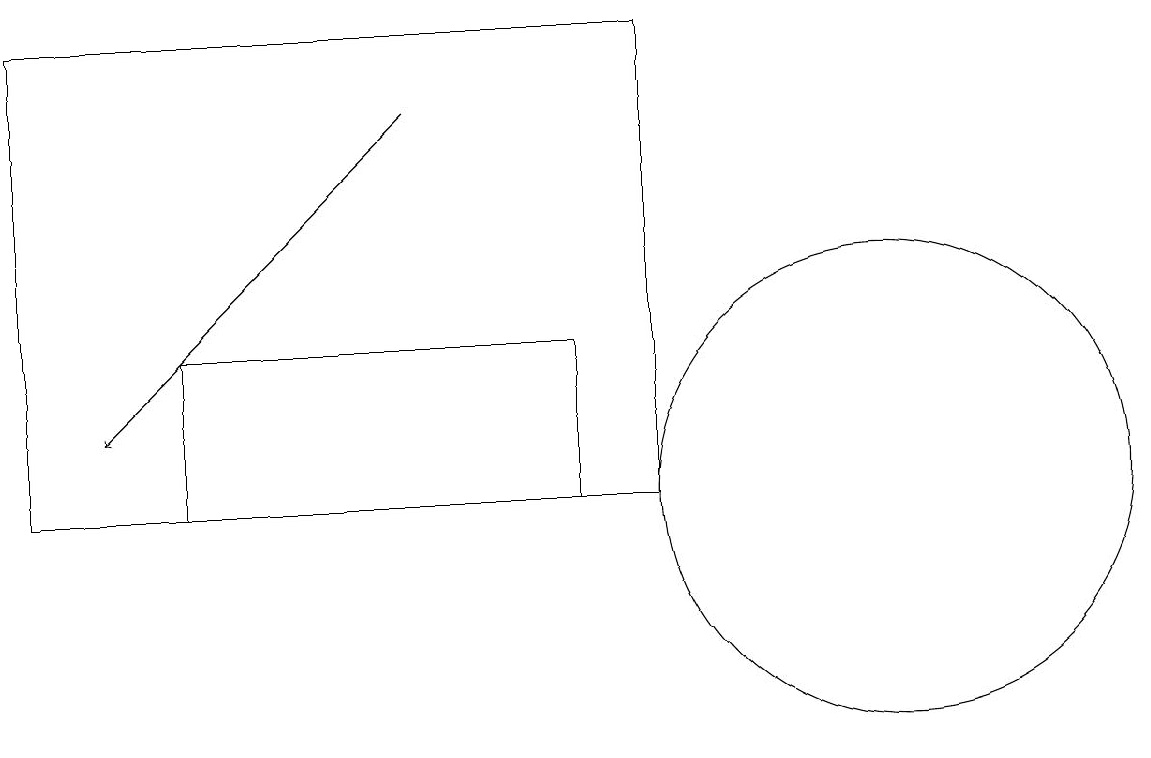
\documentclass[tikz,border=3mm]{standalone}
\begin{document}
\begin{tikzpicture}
\draw (9,17) rectangle (1,11);
\draw[->] (6,16) -- (2,12);
\draw (8,13) rectangle (3,11);
\draw (12,11) circle (3);
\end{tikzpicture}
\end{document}